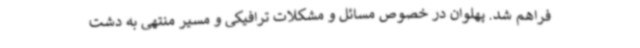
فراهم شد. پهلوان در خصوص مسائل و مشکلات ترافیکی و مسیر منتهی به دشت